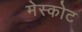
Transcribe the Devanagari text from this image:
मेस्कोट